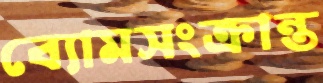
ব্যোমসংক্রান্ত